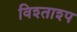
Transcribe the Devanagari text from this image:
विश्ताश्प